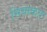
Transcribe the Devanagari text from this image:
सियाकत